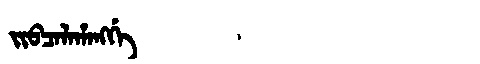
Manchu: ᠵᡳᠪᠴᠠᠯᠠᡥᠠᠩᡤᡝ
Romanization: JIBCALAHANGGE